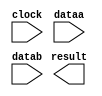
// megafunction wizard: %LPM_MULT%VBB%
// GENERATION: STANDARD
// VERSION: WM1.0
// MODULE: lpm_mult 

// ============================================================
// Megafunction Name(s):
// 			lpm_mult
//
// Simulation Library Files(s):
// 			lpm
// ============================================================
// ************************************************************
// THIS IS A WIZARD-GENERATED FILE. DO NOT EDIT THIS FILE!
//
// 19.1.0 Build 670 09/22/2019 SJ Lite Edition
// ************************************************************

//Copyright (C) 2019  Intel Corporation. All rights reserved.
//Your use of Intel Corporation's design tools, logic functions 
//and other software and tools, and any partner logic 
//functions, and any output files from any of the foregoing 
//(including device programming or simulation files), and any 
//associated documentation or information are expressly subject 
//to the terms and conditions of the Intel Program License 
//Subscription Agreement, the Intel Quartus Prime License Agreement,
//the Intel FPGA IP License Agreement, or other applicable license
//agreement, including, without limitation, that your use is for
//the sole purpose of programming logic devices manufactured by
//Intel and sold by Intel or its authorized distributors.  Please
//refer to the applicable agreement for further details, at
//https://fpgasoftware.intel.com/eula.

module mult (
	clock,
	dataa,
	datab,
	result);

	input	  clock;
	input	[12:0]  dataa;
	input	[12:0]  datab;
	output	[25:0]  result;

endmodule

// ============================================================
// CNX file retrieval info
// ============================================================
// Retrieval info: PRIVATE: AutoSizeResult NUMERIC "0"
// Retrieval info: PRIVATE: B_isConstant NUMERIC "0"
// Retrieval info: PRIVATE: ConstantB NUMERIC "0"
// Retrieval info: PRIVATE: INTENDED_DEVICE_FAMILY STRING "Cyclone V"
// Retrieval info: PRIVATE: LPM_PIPELINE NUMERIC "1"
// Retrieval info: PRIVATE: Latency NUMERIC "1"
// Retrieval info: PRIVATE: SYNTH_WRAPPER_GEN_POSTFIX STRING "0"
// Retrieval info: PRIVATE: SignedMult NUMERIC "1"
// Retrieval info: PRIVATE: USE_MULT NUMERIC "1"
// Retrieval info: PRIVATE: ValidConstant NUMERIC "0"
// Retrieval info: PRIVATE: WidthA NUMERIC "13"
// Retrieval info: PRIVATE: WidthB NUMERIC "13"
// Retrieval info: PRIVATE: WidthP NUMERIC "26"
// Retrieval info: PRIVATE: aclr NUMERIC "0"
// Retrieval info: PRIVATE: clken NUMERIC "0"
// Retrieval info: PRIVATE: new_diagram STRING "1"
// Retrieval info: PRIVATE: optimize NUMERIC "0"
// Retrieval info: LIBRARY: lpm lpm.lpm_components.all
// Retrieval info: CONSTANT: LPM_HINT STRING "MAXIMIZE_SPEED=5"
// Retrieval info: CONSTANT: LPM_PIPELINE NUMERIC "1"
// Retrieval info: CONSTANT: LPM_REPRESENTATION STRING "SIGNED"
// Retrieval info: CONSTANT: LPM_TYPE STRING "LPM_MULT"
// Retrieval info: CONSTANT: LPM_WIDTHA NUMERIC "13"
// Retrieval info: CONSTANT: LPM_WIDTHB NUMERIC "13"
// Retrieval info: CONSTANT: LPM_WIDTHP NUMERIC "26"
// Retrieval info: USED_PORT: clock 0 0 0 0 INPUT NODEFVAL "clock"
// Retrieval info: USED_PORT: dataa 0 0 13 0 INPUT NODEFVAL "dataa[12..0]"
// Retrieval info: USED_PORT: datab 0 0 13 0 INPUT NODEFVAL "datab[12..0]"
// Retrieval info: USED_PORT: result 0 0 26 0 OUTPUT NODEFVAL "result[25..0]"
// Retrieval info: CONNECT: @clock 0 0 0 0 clock 0 0 0 0
// Retrieval info: CONNECT: @dataa 0 0 13 0 dataa 0 0 13 0
// Retrieval info: CONNECT: @datab 0 0 13 0 datab 0 0 13 0
// Retrieval info: CONNECT: result 0 0 26 0 @result 0 0 26 0
// Retrieval info: GEN_FILE: TYPE_NORMAL mult.v TRUE
// Retrieval info: GEN_FILE: TYPE_NORMAL mult.inc FALSE
// Retrieval info: GEN_FILE: TYPE_NORMAL mult.cmp FALSE
// Retrieval info: GEN_FILE: TYPE_NORMAL mult.bsf FALSE
// Retrieval info: GEN_FILE: TYPE_NORMAL mult_inst.v FALSE
// Retrieval info: GEN_FILE: TYPE_NORMAL mult_bb.v TRUE
// Retrieval info: LIB_FILE: lpm